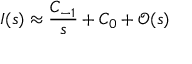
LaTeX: I ( s ) \approx \frac { C _ { - 1 } } { s } + C _ { 0 } + \mathcal { O } ( s )